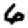
Digit: 6